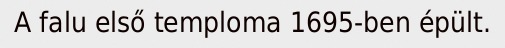
A falu első temploma 1695-ben épült.